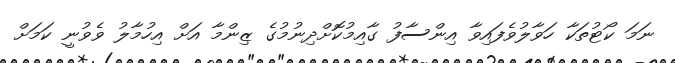
ނަމަ ކޯޓުތަކާ ހަވާލުވެފައިވާ އިންސާފު ގާއިމުކޮށްދިނުމުގެ ޒިންމާ އަށް އިހުމާލު ވެވުނީ ކަމަށް